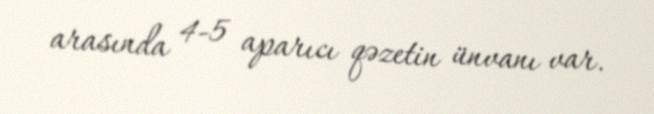
arasında 4-5 aparıcı qəzetin ünvanı var.